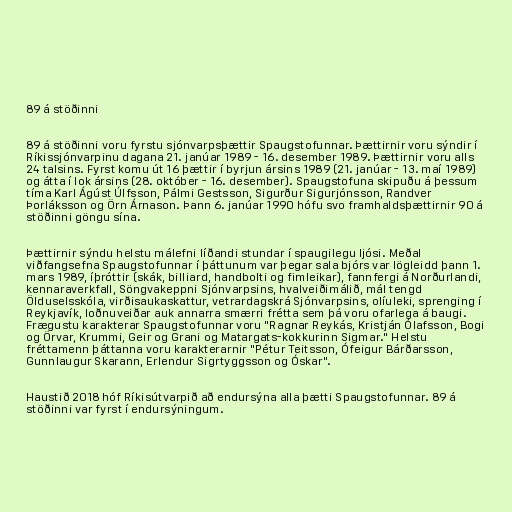
89 á stöðinni

89 á stöðinni voru fyrstu sjónvarpsþættir Spaugstofunnar. Þættirnir voru sýndir í
Ríkissjónvarpinu dagana 21. janúar 1989 - 16. desember 1989. Þættirnir voru alls
24 talsins. Fyrst komu út 16 þættir í byrjun ársins 1989 (21. janúar - 13. maí 1989)
og átta í lok ársins (28. október - 16. desember). Spaugstofuna skipuðu á þessum
tíma Karl Ágúst Úlfsson, Pálmi Gestsson, Sigurður Sigurjónsson, Randver
Þorláksson og Örn Árnason. Þann 6. janúar 1990 hófu svo framhaldsþættirnir 90 á
stöðinni göngu sína.

Þættirnir sýndu helstu málefni líðandi stundar í spaugilegu ljósi. Meðal
viðfangsefna Spaugstofunnar í þáttunum var þegar sala bjórs var lögleidd þann 1.
mars 1989, íþróttir (skák, billiard, handbolti og fimleikar), fannfergi á Norðurlandi,
kennaraverkfall, Söngvakeppni Sjónvarpsins, hvalveiðimálið, mál tengd
Ölduselsskóla, virðisaukaskattur, vetrardagskrá Sjónvarpsins, olíuleki, sprenging í
Reykjavík, loðnuveiðar auk annarra smærri frétta sem þá voru ofarlega á baugi.
Frægustu karakterar Spaugstofunnar voru "Ragnar Reykás, Kristján Ólafsson, Bogi
og Örvar, Krummi, Geir og Grani og Matargats-kokkurinn Sigmar." Helstu
fréttamenn þáttanna voru karakterarnir "Pétur Teitsson, Ófeigur Bárðarsson,
Gunnlaugur Skarann, Erlendur Sigrtyggsson og Óskar".

Haustið 2018 hóf Ríkisútvarpið að endursýna alla þætti Spaugstofunnar. 89 á
stöðinni var fyrst í endursýningum.